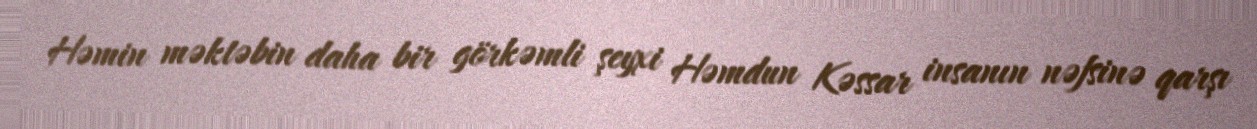
Həmin məktəbin daha bir görkəmli şeyxi Həmdun Kəssar insanın nəfsinə qarşı